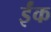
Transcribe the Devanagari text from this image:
ईंक